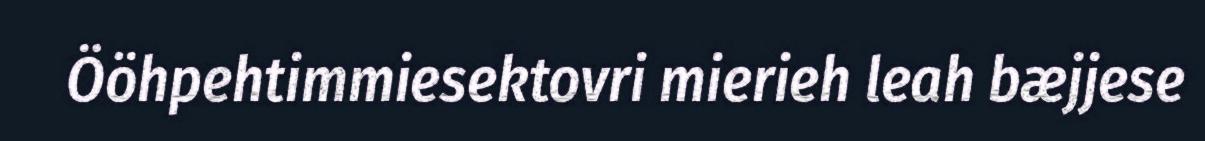
Ööhpehtimmiesektovri mierieh leah bæjjese